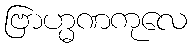
ဗြာဟ္မဏကုလေ